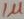
Text: 1µ